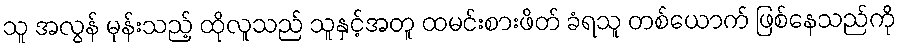
သူ အလွန် မုန်းသည့် ထိုလူသည် သူနှင့်အတူ ထမင်းစားဖိတ် ခံရသူ တစ်ယောက် ဖြစ်နေသည်ကို